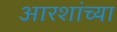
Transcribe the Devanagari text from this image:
आरशांच्या